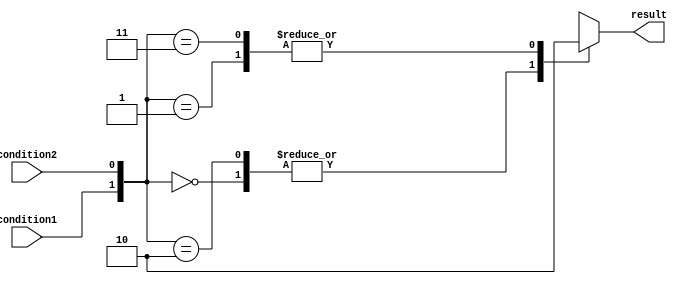
module behavioral_modeling_block(
    input wire condition1,
    input wire condition2,
    output reg result
);

always @* begin
    casez ({condition1, condition2})
        2'b00: result = 1; // Condition 1 is 0, Condition 2 is 0
        2'b01: result = 2; // Condition 1 is 0, Condition 2 is 1
        2'b10: result = 3; // Condition 1 is 1, Condition 2 is 0
        2'b11: result = 4; // Condition 1 is 1, Condition 2 is 1
        default: result = 0; // Default case
    endcase
end

endmodule